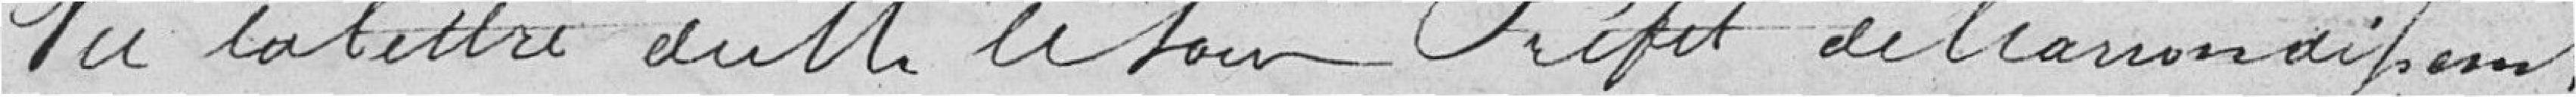
Vu la lettre de M. le Sous Préfet de l'arrondissement